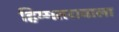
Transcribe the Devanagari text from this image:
हिम्मतरावाला